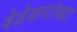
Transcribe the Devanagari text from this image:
बेडेकरांच्या